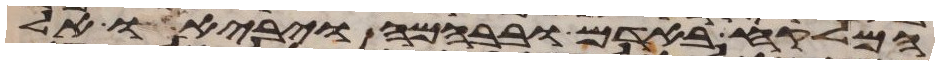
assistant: המלקח באדם ובבהמה ויביאו אל